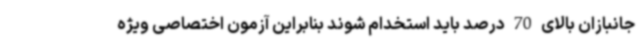
جانبازان بالای 70 درصد باید استخدام شوند بنابراین آزمون اختصاصی ویژه